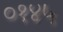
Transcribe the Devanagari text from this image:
०१४५